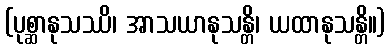
(ပုစ္ဆာနုသဿိ၊ အာသယာနုသန္တိ၊ ယထာနုသန္တိ။)